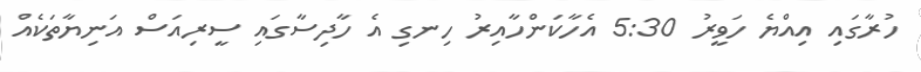
ހުރާގައި އިއްޔެ ހަވީރު 5:30 އެހާކަންހާއިރު ހިނގި އެ ހާދިސާގައި ސީރިއަސް އަނިޔާތަކެއް